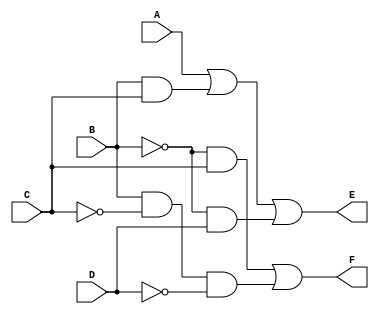
// Verilog model: Circuit_Boolean_CA
module Circuit_Boolean_CA(E, F, A, B, C, D);
  output	E, F;
  input	A, B, C, D;

  assign E = A || (B && C) || ((!B) && D);
  assign F = ((!B) && C) || (B && (!C) && (!D));
endmodule